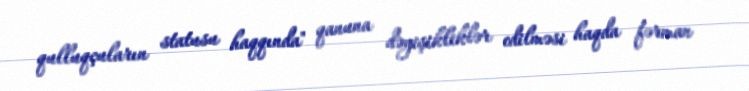
qulluqçuların statusu haqqında" qanuna dəyişikliklər edilməsi haqda fərman